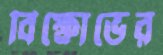
বিক্ষোভের